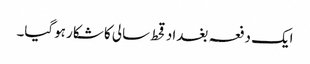
ایک دفعہ بغداد قحط سالی کا شکار ہوگیا۔